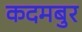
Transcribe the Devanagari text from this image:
कदमबुर